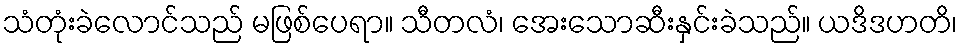
သံတုံးခဲလောင်သည် မဖြစ်ပေရာ။ သီတလံ၊ အေးသောဆီးနှင်းခဲသည်။ ယဒိဒဟတိ၊